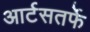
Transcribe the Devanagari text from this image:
आर्टसतर्फे